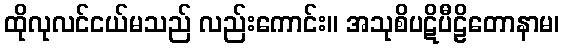
ထိုလုလင်ငယ်မသည် လည်းကောင်း။ အသုစိပဋိပီဠိတောနာမ၊